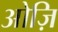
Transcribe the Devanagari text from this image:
ओज़ि